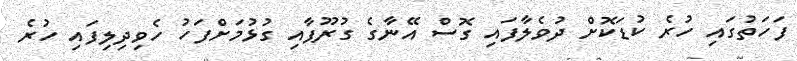
ފަހަތުގައި ހުރެ ކުޑަކޮށް ދުވެލާފައި ގޮސް އޭނާގެ ގުރޫޕާއި ގުޅުމަށްފަހު ހެވިދިލިފައި ހުރެ